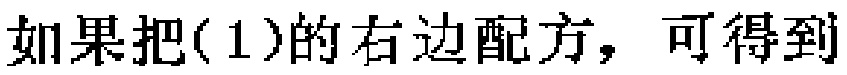
如果把(1)的右边配方，可得到